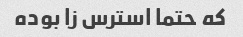
که حتما استرس زا بوده